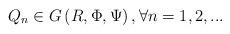
LaTeX: \begin{align*}Q_{n}\in G\left( R,\Phi ,\Psi \right) ,\forall n=1,2,... \end{align*}